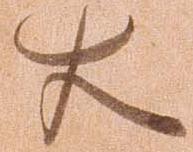
大